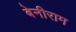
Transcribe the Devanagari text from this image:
बेनीराम